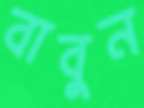
বাবুন